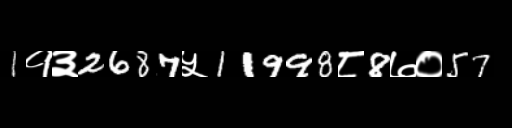
Text: 1१३2687५11998८8७०57